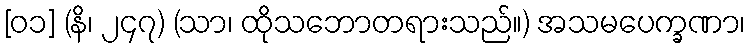
[၀၁] (နိ၊ ၂၄၇) (သာ၊ ထိုသဘောတရားသည်။) အသမပေက္ခဏာ၊